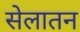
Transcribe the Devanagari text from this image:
सेलातन